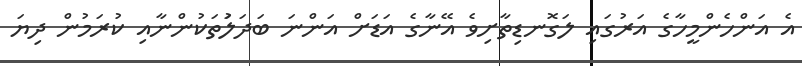
އެ އަންހެންމީހާގެ އަރުގައި ލަގޮނޑިތާށިވެ އޭނާގެ އަޑަށް އަންނަ ބަދަލުަތަކުންނާއި ކުރަމުން ދިޔަ